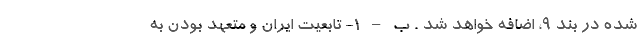
شده در بند 9، اضافه خواهد شد . ب – 1- تابعیت ایران و متعهد بودن به